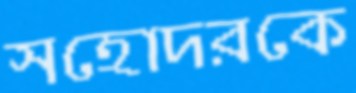
সহোদরকে